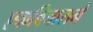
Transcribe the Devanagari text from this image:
एकविचाराने